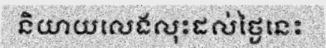
និយាយលេងលុះដល់ថ្ងៃនេះ